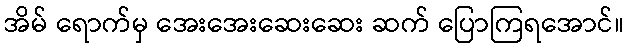
အိမ် ရောက်မှ အေးအေးဆေးဆေး ဆက် ပြောကြရအောင်။